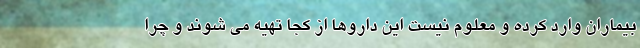
بیماران وارد کرده و معلوم نیست این داروها از کجا تهیه می شوند و چرا